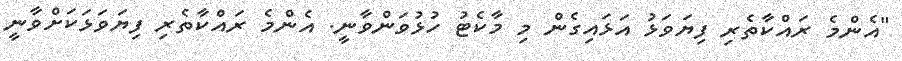
"އެންމެ ރައްކާތެރި ފިޔަވަޅު އަޅައިގެން މި މާކެޓު ހުޅުވަންވާނީ. އެންމެ ރައްކާތެރި ފިޔަވަޅަކަށްވާނީ